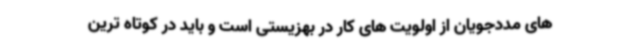
های مددجویان از اولویت های کار در بهزیستی است و باید در کوتاه ترین